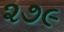
૨૭૯